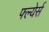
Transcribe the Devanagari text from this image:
फ्ल्येर्स